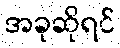
အခုဆိုရင်